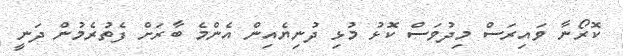
ކޮރޯނާ ވައިރަސް މިދުވަސް ކޮޅު މުޅި ދުނިޔެއިން އެންމެ ބާރަށް ފެތުރެމުން ދަނީ